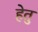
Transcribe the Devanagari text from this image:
हेेतु